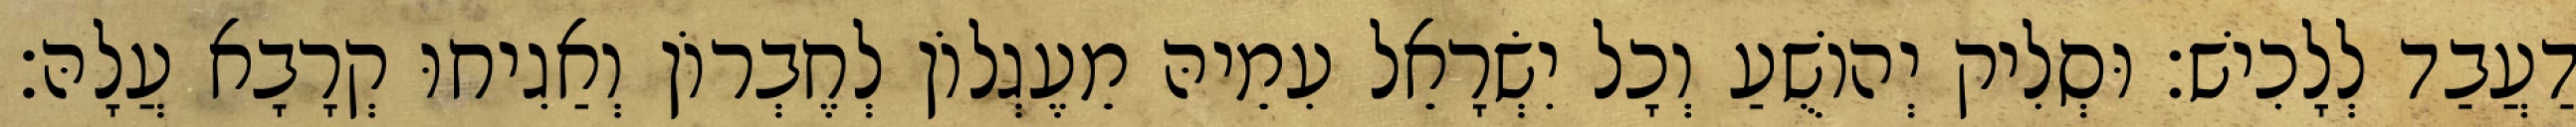
דַעֲבַד לְלָכִישׁ׃ וּסְלִיק יְהוֹשֻׁעַ וְכָל יִשְׂרָאֵל עִמֵיהּ מֵעֶגְלוֹן לְחֶבְרוֹן וְאַגִיחוּ קְרָבָא עֲלָהּ׃